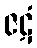
ဇဋံ